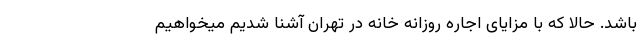
باشد. حالا که با مزایای اجاره روزانه خانه در تهران آشنا شدیم میخواهیم